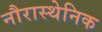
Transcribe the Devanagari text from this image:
नौरास्थेनिक